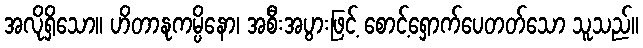
အလိုရှိသော။ ဟိတာနုကမ္ပိနော၊ အစီးအပွားဖြင့် စောင့်ရှောက်ပေတတ်သော သူသည်။